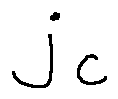
j _ { c }